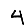
Digit: 4